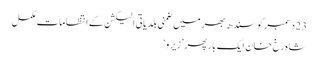
23 دسمبر کو سندھ بھر میں ضمنی بلدیاتی الیکشن کے انتظامات مکمل
شاہ رخ‌ خان ایک بار پھر ’ زیرو ‘